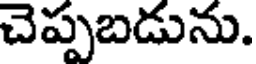
చెప్పబడును.